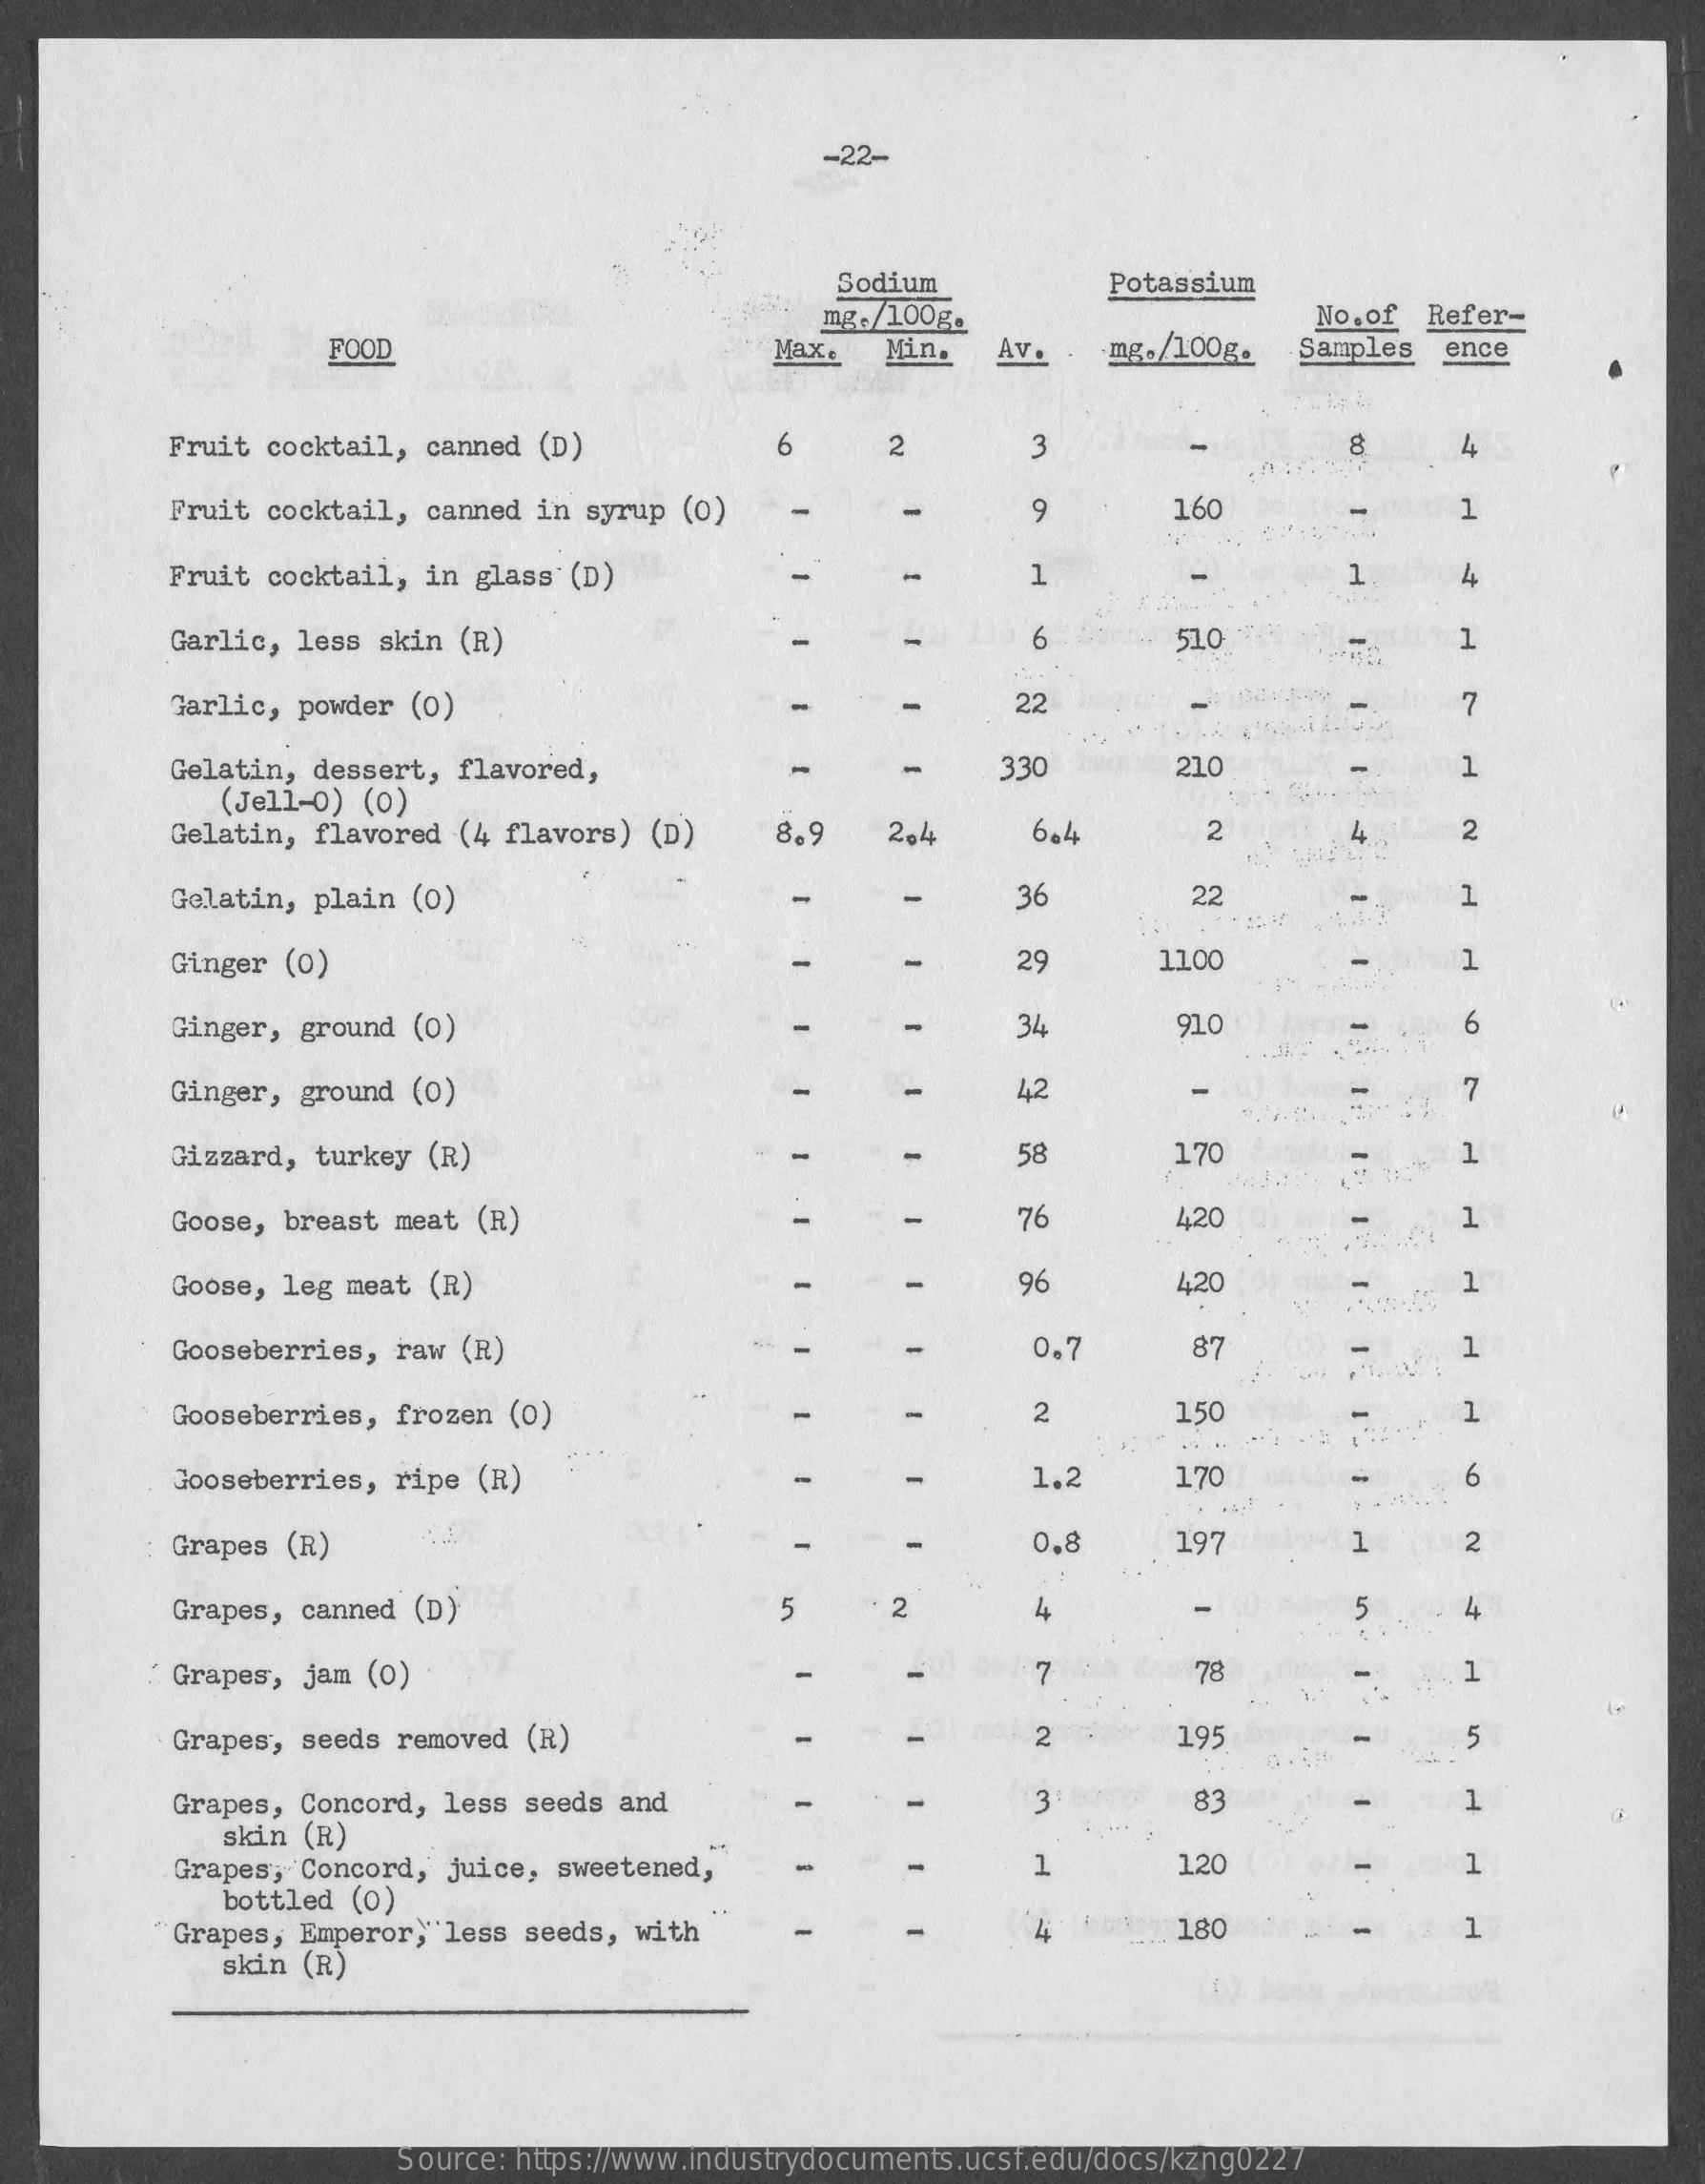
-22-
     Sodium    Potassium
     mg. /100g.    No. of Refer-
     FOOD    Max.   Min.   Av.    .mg./100g.   Samples  ence
     Fruit cocktail,  canned (D)    6    2    3    8    4
     Fruit cocktail,  canned in syrup (0)    9    160    1
     Fruit cocktail,  in glass (D)    1    1    4
     Garlic, less  skin (R)    6    510    1
     Garlic, powder  (0)    22    7
     Gelatin, dessert,  flavored,    1
     (Jell-o)  (0)
     330    210
     Gelatin, flavored (4 flavors) (D)    8.9    2,4    6.4    2    4    2
     Gelatin, plain  (0)    36    22    1
     Ginger  (0)    29    1100    1
     Ginger,  ground (0)    34    910    6
     Ginger,  ground (0)    42    7
     Gizzard, turkey (R)    58    170
     Goose, breast  meat (R)    76    420
     H
     Goose, leg  meat (R)    96    420
     Gooseberries, raw (R)    0.7    87    1
     Gooseberries, frozen (0)    -    2    150    1
     Gooseberries, ripe (R)    -    1.2    170    6
     : Grapes (R)    0,8    197    1    2
     Grapes,  canned (D)    5    2    4    -    5    4
     ' Grapes, jam (0)    7    78    1
     Grapes', seeds removed (R)    2    195    5
     Grapes,  Concord, less seeds and    83    1
     skin (R)
     3
     Grapes, Concord, juice, sweetened,    1    120    1
     bottled (0)
     Grapes,  Emperor, less seeds, with    4    180    1
     skin (R)
     Source: https://www.industrydocuments.ucsf.edu/docs/kzng0227